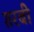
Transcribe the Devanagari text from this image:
ग़रबी